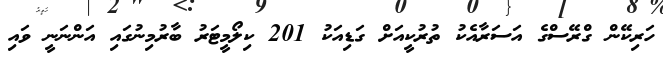
ހަރިކޭން ގްރޭސްގެ އަސަރާއެކު ތުރުކީއަށް ގަޑިއަކު 201 ކިލޯމީޓަރު ބާރުމިނުގައި އަންނަނީ ވައި